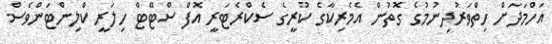
އަހްމަދަށް ހިތްވަރުދިނުމުގެ ގޮތުން އެމެރިކާގެ ކުރީގެ ސެކްރެޓަރީ އޮފް ސްޓޭޓް ހިލަރީ ކްލިންޓަންވެސް